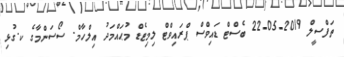
ތަފްސީލް 2019-05-22 ބެސްޓް ޑައިވްސް ޕްރައިވްޓް ލިމިޓެޑް މުޙައްމަދު އިލްހާމް. ސޯސަންމާގެ ކ.ގުޅި